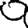
Digit: 9